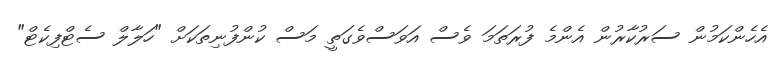
އެހެންކަމުން ސަރުކާރުން އެންމެ ފުރަތަމަ ވެސް އަވަސްވެގަތީ މަސް ކުންފުނިތަކަށް "ހަލާލް ސެޓްފިކެޓް"